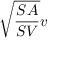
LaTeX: { \sqrt { \frac { S A } { S V } } } v